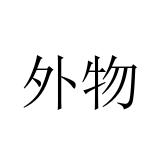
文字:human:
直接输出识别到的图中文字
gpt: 外物